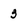
Character: 3